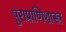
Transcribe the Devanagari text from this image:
पुराप्राणिशास्त्र